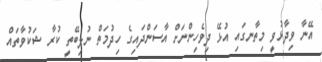
އޭނާ ވިދާޅުވީ މިތާނގައި އުޅޭ ދިވެހިންނަށް އާސަންދައިގެ ހިދުމަތް ނުލިބޭތީ ކުރާ ޝަކުވާތައް